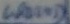
Text: GROUND